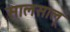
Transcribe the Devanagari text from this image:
सालसालू